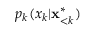
p _ { k } ( x _ { k } | \mathbf { x } _ { < k } ^ { * } )